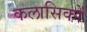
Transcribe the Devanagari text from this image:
कलासिकों